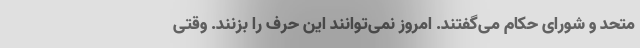
متحد و شورای حکام می‌گفتند. امروز نمی‌توانند این حرف را بزنند. وقتی